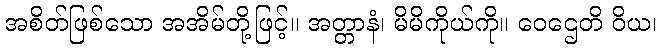
အစိတ်ဖြစ်သော အအိမ်တို့ဖြင့်။ အတ္တာနံ၊ မိမိကိုယ်ကို။ ဝေဌေတိ ဝိယ၊